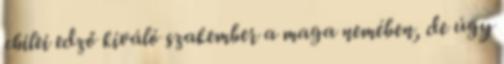
chilei edző kiváló szakember a maga nemében, de úgy